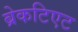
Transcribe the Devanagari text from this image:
ब्रेकटिएट